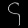
Digit: ၄